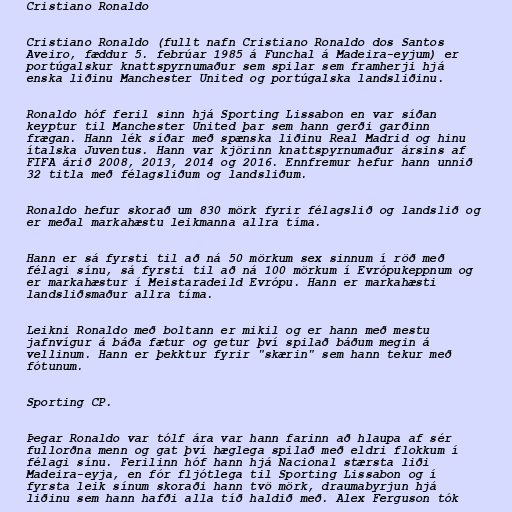
Cristiano Ronaldo

Cristiano Ronaldo (fullt nafn Cristiano Ronaldo dos Santos
Aveiro, fæddur 5. febrúar 1985 á Funchal á Madeira-eyjum) er
portúgalskur knattspyrnumaður sem spilar sem framherji hjá
enska liðinu Manchester United og portúgalska landsliðinu.

Ronaldo hóf feril sinn hjá Sporting Lissabon en var síðan
keyptur til Manchester United þar sem hann gerði garðinn
frægan. Hann lék síðar með spænska liðinu Real Madrid og hinu
ítalska Juventus. Hann var kjörinn knattspyrnumaður ársins af
FIFA árið 2008, 2013, 2014 og 2016. Ennfremur hefur hann unnið
32 titla með félagsliðum og landsliðum.

Ronaldo hefur skorað um 830 mörk fyrir félagslið og landslið og
er meðal markahæstu leikmanna allra tíma.

Hann er sá fyrsti til að ná 50 mörkum sex sinnum í röð með
félagi sínu, sá fyrsti til að ná 100 mörkum í Evrópukeppnum og
er markahæstur í Meistaradeild Evrópu. Hann er markahæsti
landsliðsmaður allra tíma.

Leikni Ronaldo með boltann er mikil og er hann með mestu
jafnvígur á báða fætur og getur því spilað báðum megin á
vellinum. Hann er þekktur fyrir "skærin" sem hann tekur með
fótunum.

Sporting CP.

Þegar Ronaldo var tólf ára var hann farinn að hlaupa af sér
fullorðna menn og gat því hæglega spilað með eldri flokkum í
félagi sínu. Ferilinn hóf hann hjá Nacional stærsta liði
Madeira-eyja, en fór fljótlega til Sporting Lissabon og í
fyrsta leik sínum skoraði hann tvö mörk, draumabyrjun hjá
liðinu sem hann hafði alla tíð haldið með. Alex Ferguson tók